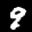
Label: 9